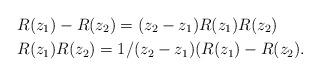
LaTeX: \begin{align*}&R(z_1)-R(z_2)=(z_2-z_1)R(z_1)R(z_2)\\& R(z_1)R(z_2)= 1/(z_2-z_1)(R(z_1)-R(z_2).\end{align*}